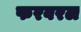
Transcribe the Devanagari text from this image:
फरवरल